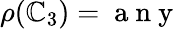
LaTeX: \rho(\mathbb{C}_{3})=\mathrm{{~a~n~y~}}